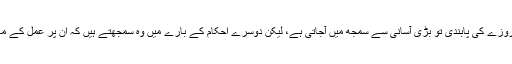
لوگوں کو آج کل نماز روزے کی پابندی تو بڑی آسانی سے سمجھ میں آجاتی ہے، لیکن دوسرے احکام کے بارے میں وہ سمجھتے ہیں کہ ان پر عمل کے معاملے میں وہ آزاد ہیں ۔